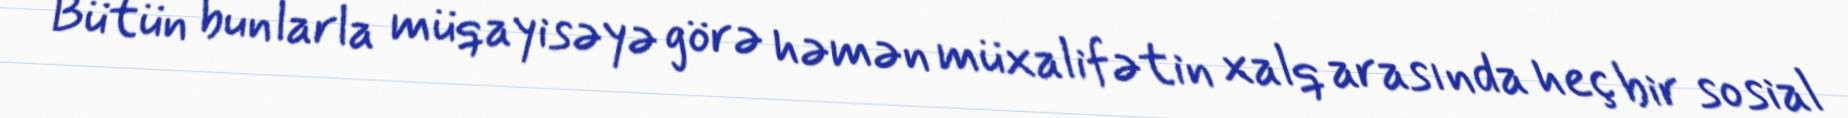
Bütün bunlarla müqayisəyə görə həmən müxalifətin xalq arasında heç bir sosial